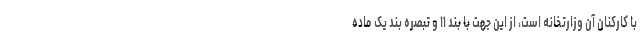
با کارکنان آن وزارتخانه است، از این جهت با بند ۱۱ و تبصره بند یک ماده